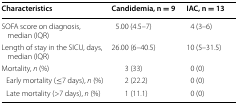
| Characteristics | Candidemia, n = 9 | IAC, n = 13 |
 | --- | --- | --- |
 | SOFA score on diagnosis, median (IQR) | 5.00 (4.5–7) | 4 (3–6) |
 | Length of stay in the SICU, days, median (IQR) | 26.00 (6–40.5) | 10 (5–31.5) |
 | Mortality, n (%) | 3 (33) | 0 (0) |
 | Early mortality (≤7 days), n (%) | 2 (22.2) | 0 (0) |
 | Late mortality (>7 days), n (%) | 1 (11.1) | 0 (0) |